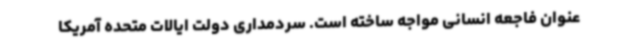
عنوان فاجعه انسانی مواجه ساخته است. سردمداری دولت ایالات متحده آمریکا